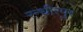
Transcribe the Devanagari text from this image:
रन्धीरपुर